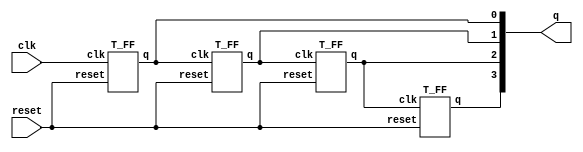
`timescale 1ns / 1ps

module ripple_carry_counter(q, clk, reset);

output [3:0] q;
input clk, reset;

T_FF tff0(q[0], clk, reset);
T_FF tff1(q[1], q[0], reset);
T_FF tff2(q[2], q[1], reset);
T_FF tff3(q[3], q[2], reset);

endmodule



module T_FF(q, clk, reset);

output q;
input clk, reset;
wire d;

D_FF dff0(q,d,clk,reset);
not n1(d,q);

endmodule


module D_FF(q, d, clk, reset);

output q;
input d, clk, reset;
reg q;

always @(posedge reset or negedge clk)
if(reset)
	q<=1'b0;
else
	q<=d;
endmodule